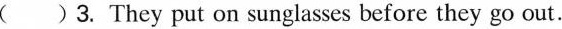
( ) 3. They put on sunglasses before they go out.